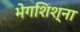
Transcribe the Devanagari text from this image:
भेगशिश्ना